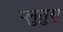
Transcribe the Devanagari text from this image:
प्लुतुस्